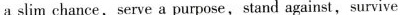
a slim chance，serve a purpose，stand against，survive